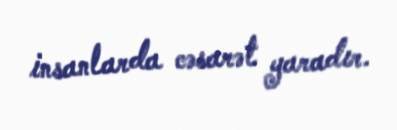
insanlarda cəsarət yaradır.